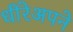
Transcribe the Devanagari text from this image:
धीरेअपने